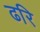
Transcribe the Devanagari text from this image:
ढरि